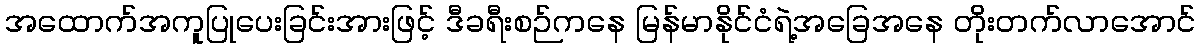
အထောက်အကူပြုပေးခြင်းအားဖြင့် ဒီခရီးစဉ်ကနေ မြန်မာနိုင်ငံရဲ့အခြေအနေ တိုးတက်လာအောင်